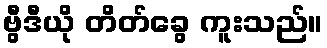
ဗွီဒီယို တိတ်ခွေ ကူးသည်။